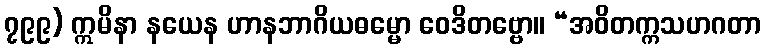
၇၉၉) ဣမိနာ နယေန ဟာနဘာဂိယဓမ္မော ဝေဒိတဗ္ဗော။ “အဝိတက္ကသဟဂတာ